Indian journal of veterinary science and animal husbandry - Volume 2,
Year: 1932
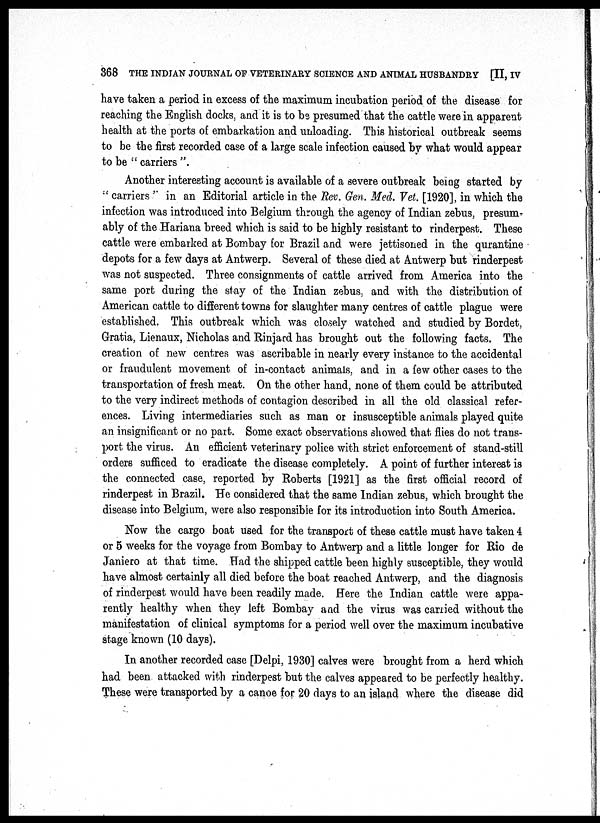
368 THE INDIAN JOURNAL OF VETERINARY SCIENCE AND ANIMAL HUSBANDRY [II, IV
have taken a period in excess of the maximum incubation period of the disease for
reaching the English docks, and it is to be presumed that the cattle were in apparent
health at the ports of embarkation and unloading. This historical outbreak seems
to be the first recorded case of a large scale infection caused by what would appear
to be " carriers ".
Another interesting account is available of a severe outbreak being started by
" carriers " in an Editorial article in the Rev. Gen. Med. Vet. [1920], in which the
infection was introduced into Belgium through the agency of Indian zebus, presum-
ably of the Hariana breed which is said to be highly resistant to rinderpest. These
cattle were embarked at Bombay for Brazil and were jettisoned in the qurantine
depots for a few days at Antwerp. Several of these died at Antwerp but rinderpest
was not suspected. Three consignments of cattle arrived from America into the
same port during the stay of the Indian zebus, and with the distribution of
American cattle to different towns for slaughter many centres of cattle plague were
established. This outbreak which was closely watched and studied by Bordet,
Gratia, Lienaux, Nicholas and Rinjard has brought out the following facts. The
creation of new centres was ascribable in nearly every instance to the accidental
or fraudulent movement of in-contact animals, and in a few other cases to the
transportation of fresh meat. On the other hand, none of them could be attributed
to the very indirect methods of contagion described in all the old classical refer-
ences. Living intermediaries such as man or insusceptible animals played quite
an insignificant or no part. Some exact observations showed that flies do not trans-
port the virus. An efficient veterinary police with strict enforcement of stand-still
orders sufficed to eradicate the disease completely. A point of further interest is
the connected case, reported by Roberts [1921] as the first official record of
rinderpest in Brazil. He considered that the same Indian zebus, which brought the
disease into Belgium, were also responsible for its introduction into South America.
Now the cargo boat used for the transport of these cattle must have taken 4
or 5 weeks for the voyage from Bombay to Antwerp and a little longer for Rio de
Janiero at that time. Had the shipped cattle been highly susceptible, they would
have almost certainly all died before the boat reached Antwerp, and the diagnosis
of rinderpest would have been readily made. Here the Indian cattle were appa-
rently healthy when they left Bombay and the virus was carried without the
manifestation of clinical symptoms for a period well over the maximum incubative
stage known (10 days).
In another recorded case [Delpi, 1930] calves were brought from a herd which
had been attacked with rinderpest but the calves appeared to be perfectly healthy.
These were transported by a canoe for 20 days to an island where the disease did